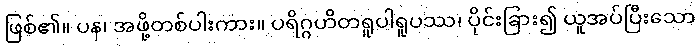
ဖြစ်၏။ ပန၊ အဖို့တစ်ပါးကား။ ပရိဂ္ဂဟိတရူပါရူပဿ၊ ပိုင်းခြား၍ ယူအပ်ပြီးသော